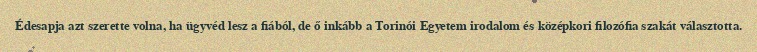
Édesapja azt szerette volna, ha ügyvéd lesz a fiából, de ő inkább a Torinói Egyetem irodalom és középkori filozófia szakát választotta.